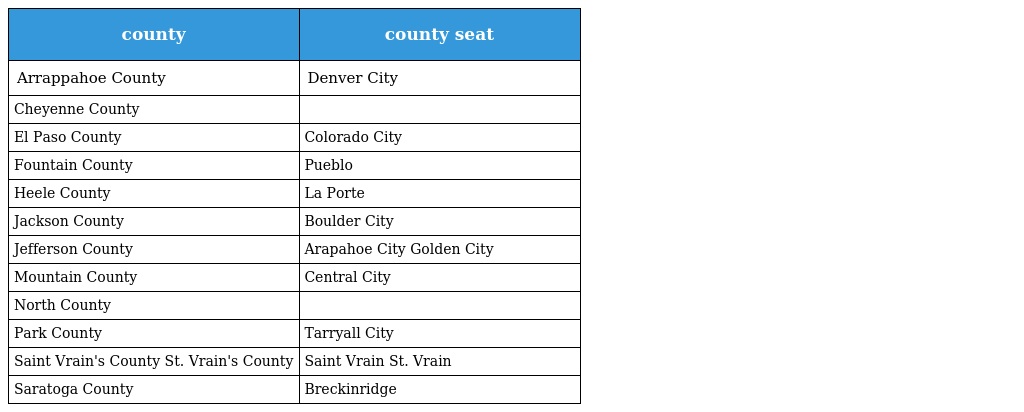
| county | county seat |
 | --- | --- |
 | Arrappahoe County | Denver City |
 | Cheyenne County |  |
 | El Paso County | Colorado City |
 | Fountain County | Pueblo |
 | Heele County | La Porte |
 | Jackson County | Boulder City |
 | Jefferson County | Arapahoe City Golden City |
 | Mountain County | Central City |
 | North County |  |
 | Park County | Tarryall City |
 | Saint Vrain's County St. Vrain's County | Saint Vrain St. Vrain |
 | Saratoga County | Breckinridge |